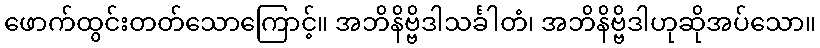
ဖောက်ထွင်းတတ်သောကြောင့်။ အဘိနိဗ္ဗိဒါသင်္ခါတံ၊ အဘိနိဗ္ဗိဒါဟုဆိုအပ်သော။